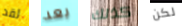
لقد بعد كذلك لكن